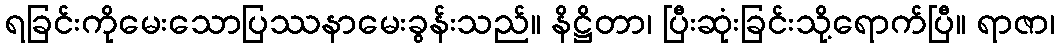
ရခြင်းကိုမေးသောပြဿနာမေးခွန်းသည်။ နိဋ္ဌိတာ၊ ပြီးဆုံးခြင်းသို့ရောက်ပြီ။ ရာဇာ၊